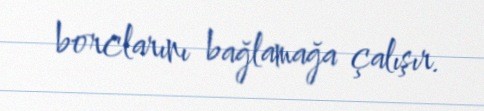
borclarını bağlamağa çalışır.